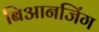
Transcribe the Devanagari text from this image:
बिआनजिंग